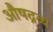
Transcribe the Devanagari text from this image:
औषद्रव्य